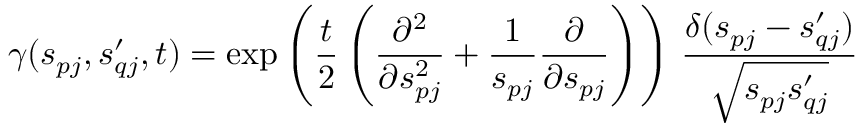
\gamma ( s _ { p j } , s _ { q j } ^ { \prime } , t ) = \exp \left( \frac { t } { 2 } \left( \frac { \partial ^ { 2 } } { \partial s _ { p j } ^ { 2 } } + \frac { 1 } { s _ { p j } } \frac { \partial } { \partial s _ { p j } } \right) \right) \, \frac { \delta ( s _ { p j } - s _ { q j } ^ { \prime } ) } { \sqrt { s _ { p j } s _ { q j } ^ { \prime } } }